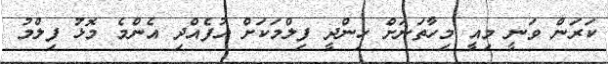
ކަރަން ވަނީ މިއީ މިހާތަނަށް ހިންދީ ފިލްމަކަށް އުފެއްދި އެންމެ މޮޅު ފިލްމު